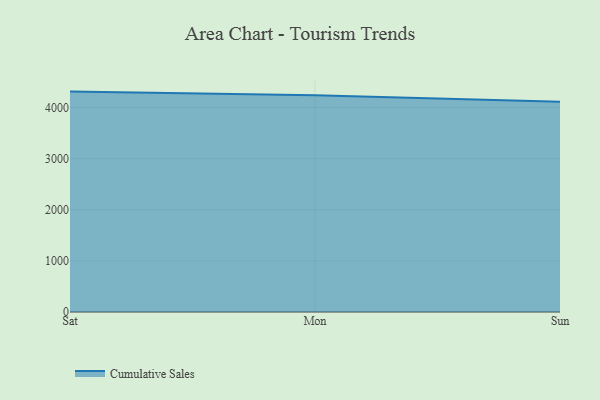
{"axis": {"x": "Day", "y": "Conversion Rate (%)"}, "legend": ["Cumulative Sales"], "data": [{"x": "Sat", "y": 4309.7, "type": "Cumulative Sales"}, {"x": "Mon", "y": 4238.7, "type": "Cumulative Sales"}, {"x": "Sun", "y": 4110.4, "type": "Cumulative Sales"}]}